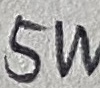
Text: 5W